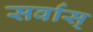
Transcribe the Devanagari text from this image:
सर्वास्‌